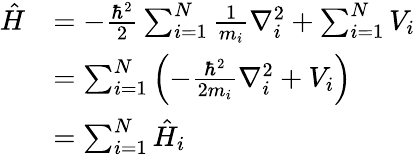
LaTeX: {\begin{array}{rl}{{\hat{H}}}&{=-{\frac{\hbar^{2}}{2}}\sum_{i=1}^{N}{\frac{1}{m_{i}}}\nabla_{i}^{2}+\sum_{i=1}^{N}V_{i}}\\ &{=\sum_{i=1}^{N}\left(-{\frac{\hbar^{2}}{2m_{i}}}\nabla_{i}^{2}+V_{i}\right)}\\ &{=\sum_{i=1}^{N}{\hat{H}}_{i}}\end{array}}